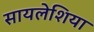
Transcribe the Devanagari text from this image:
सायलेशिया